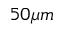
5 0 \mu m